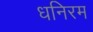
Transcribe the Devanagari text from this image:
धनिरम